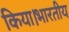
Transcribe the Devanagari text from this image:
किया।भारतीय